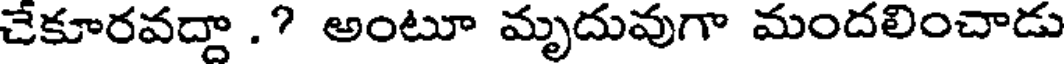
చేకూరవద్దా .? అంటూ మృదువుగా మందలించాడు